Report on the working of the Ranchi Indian Mental Hospital, Kanke, in Bihar and Orissa - 1930-1940
Year: 1930
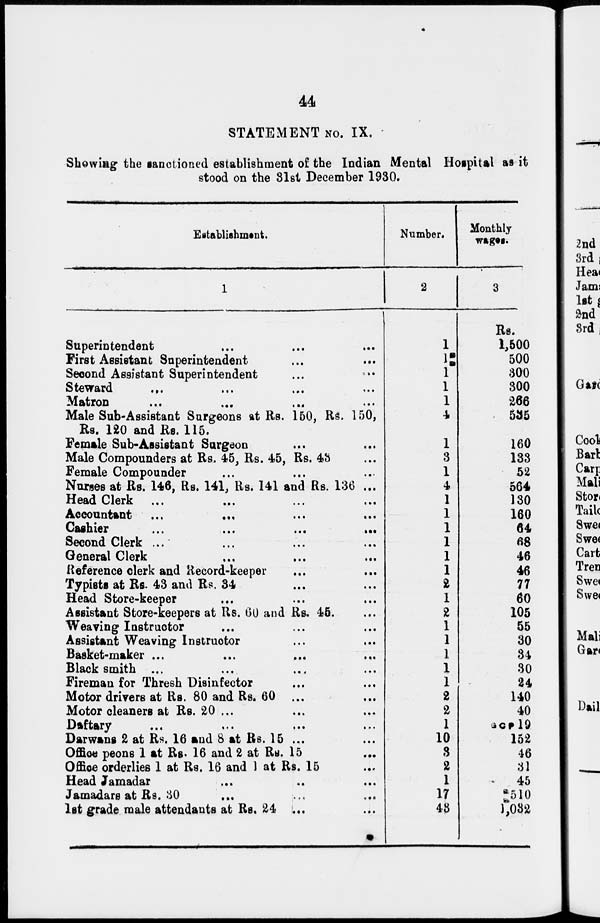
44
STATEMENT No. IX.
Showing the sanctioned establishment of the Indian Mental Hospital as it
stood on the 31st December 1930.
Establishment.
1
Superintendent ... ... ...
First Assistant Superintendent ... ...
Second Assistant Superintendent ... ...
Steward
... ... ... ...
Matron ... ... ... ...
Male Sub-Assistant Surgeons at Rs. 150, Rs. 150,
Rs. 120 and Rs. 115.
Female Sub-Assistant Surgeon ... ...
Male Compounders at Rs. 45, Rs. 45, Rs. 43
Female Compounder
Nurses at Rs. 146, Rs. 141, Rs. 141 and Rs. 136 ...
Head Clerk ... ... ... ...
Accountant ... ... ... ...
Cashier ... ... ... ...
Second Clerk ... ... ... ...
General Clerk ... ... ...
Reference clerk and Record-keeper ... ...
Typists at Rs. 43 and Rs. 34 ... ...
Head Store-keeper ... ... ...
Assistant Store-keepers at Rs. 60 and Rs. 45. ...
Weaving Instructor ... ... ...
Assistant Weaving Instructor ... ...
Basket-maker ... ... ... ...
Blacksmith ... ... ... ...
Fireman for Thresh Disinfector ... ...
Motor drivers at Rs. 80 and Rs. 60 ... ...
Motor cleaners at Rs. 20 ... ... ...
Daftary ... ... ... ...
Darwans 2 at Rs. 16 and 8 at Rs. 15 ... ...
Office peons 1 at Rs. 16 and 2 at Rs. 15
...
Office orderlies 1 at Rs. 16 and 1 at Rs. 15 ...
Head Jamadar ... ... ...
Jamadars at Rs. 30
... ... ...
1st grade male attendants at Rs. 24 ... ...
Number.
2
1
1
1
1
1
4
1
3
1
4
1
1
1
1
1
1
2
1
2
1
1
1
1
1
2
2
1
10
3
2
1
17
48
Monthly
wages.
3
Rs.
1,500
500
300
300
266
535
160
133
52
564
130
160
64
68
46
46
77
60
105
55
30
34
30
24
140
40
GCP 19
152
46
31
45
510
1,032